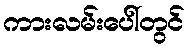
ကားလမ်းပေါ်တွင်